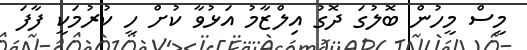
މީސް މީހުން ބޮލުގަ ދޮގު އިލްޒާމު އަޅުވާ ކުށް ހީ ކުރުމަކީ ފާފަ